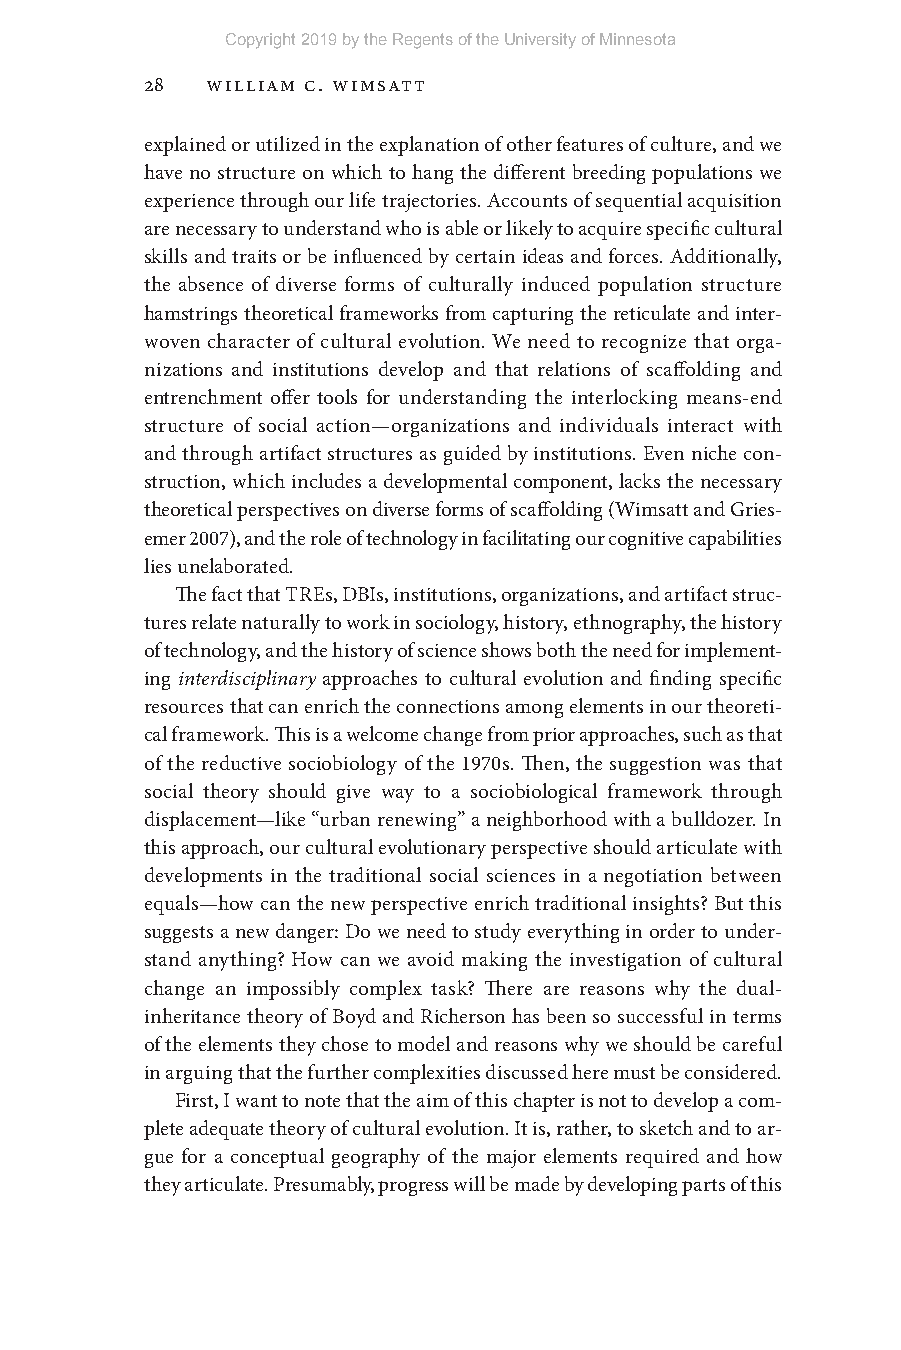
Copyright 2019 by the Regents of the University of Minnesota
 28  William C. Wimsatt
 explained or utilized in the explanation of other features of culture, and we
 have no structure on which to hang the different breeding populations we
 experience through our life trajectories. Accounts of sequential acquisition
 are necessary to understand who is able or likely to acquire specific cultural
 skills and traits or be influenced by certain ideas and forces. Additionally,
 the absence of diverse forms of culturally induced population structure
 hamstrings theoretical frameworks from capturing the reticulate and inter-
 woven character of cultural evolution. We need to recognize that orga-
 nizations and institutions develop and that relations of scaffolding and
 entrenchment offer tools for understanding the interlocking means- end
 structure of social action— organizations and individuals interact with
 and through artifact structures as guided by institutions. Even niche con-
 struction, which includes a developmental component, lacks the necessary
 theoretical perspectives on diverse forms of scaffolding (Wimsatt and Gries-
 emer 2007), and the role of technology in facilitating our cognitive capabilities
 lies unelaborated.
 The fact that TREs, DBIs, institutions, organizations, and artifact struc-
 tures relate naturally to work in sociology, history, ethnography, the history
 of technology, and the history of science shows both the need for implement-
 ing interdisciplinary approaches to cultural evolution and finding specific
 resources that can enrich the connections among elements in our theoreti-
 cal framework. This is a welcome change from prior approaches, such as that
 of the reductive sociobiology of the 1970s. Then, the suggestion was that
 social theory should give way to a sociobiological framework through
 displacement— like “urban renewing” a neighborhood with a bulldozer. In
 this approach, our cultural evolutionary perspective should articulate with
 developments in the traditional social sciences in a negotiation between
 equals— how can the new perspective enrich traditional insights? But this
 suggests a new danger: Do we need to study everything in order to under-
 stand anything? How can we avoid making the investigation of cultural
 change an impossibly complex task? There are reasons why the dual-
 inheritance theory of Boyd and Richerson has been so successful in terms
 of the elements they chose to model and reasons why we should be careful
 in arguing that the further complexities discussed here must be considered.
 First, I want to note that the aim of this chapter is not to develop a com-
 plete adequate theory of cultural evolution. It is, rather, to sketch and to ar-
 gue for a conceptual geography of the major elements required and how
 they articulate. Presumably, progress will be made by developing parts of this